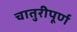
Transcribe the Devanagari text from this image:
चातुरीपूर्ण